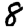
Digit: 8